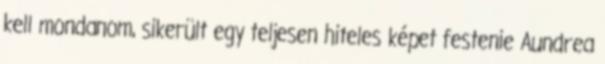
kell mondanom, sikerült egy teljesen hiteles képet festenie Aundrea